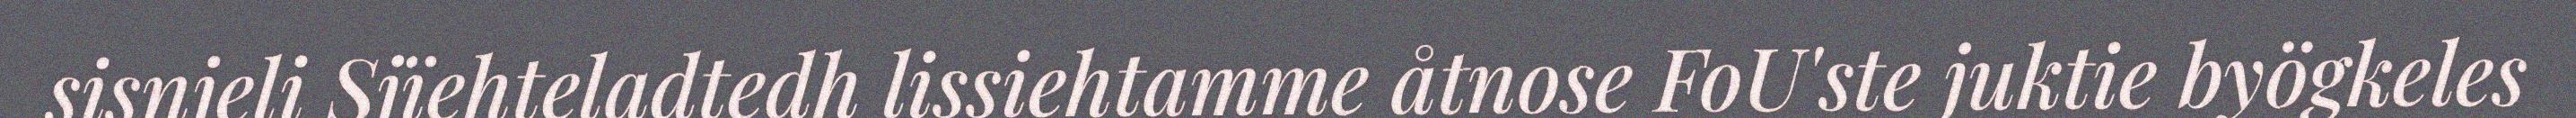
sisnjeli Sjïehteladtedh lissiehtamme åtnose FoU'ste juktie byögkeles